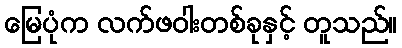
မြေပုံက လက်ဖဝါးတစ်ခုနှင့် တူသည်။